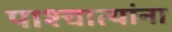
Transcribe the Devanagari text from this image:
पाश्चात्यांना